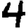
Digit: 4